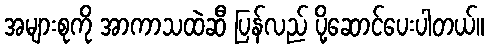
အများစုကို အာကာသထဲဆီ ပြန်လည် ပို့ဆောင်ပေးပါတယ်။